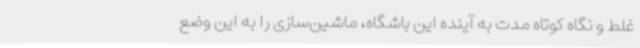
غلط و نگاه کوتاه مدت به آینده این باشگاه، ماشین‌سازی را به این وضع